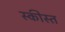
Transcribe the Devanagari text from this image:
स्कीस्त